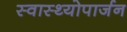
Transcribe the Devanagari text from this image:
स्वास्थ्योपार्जन